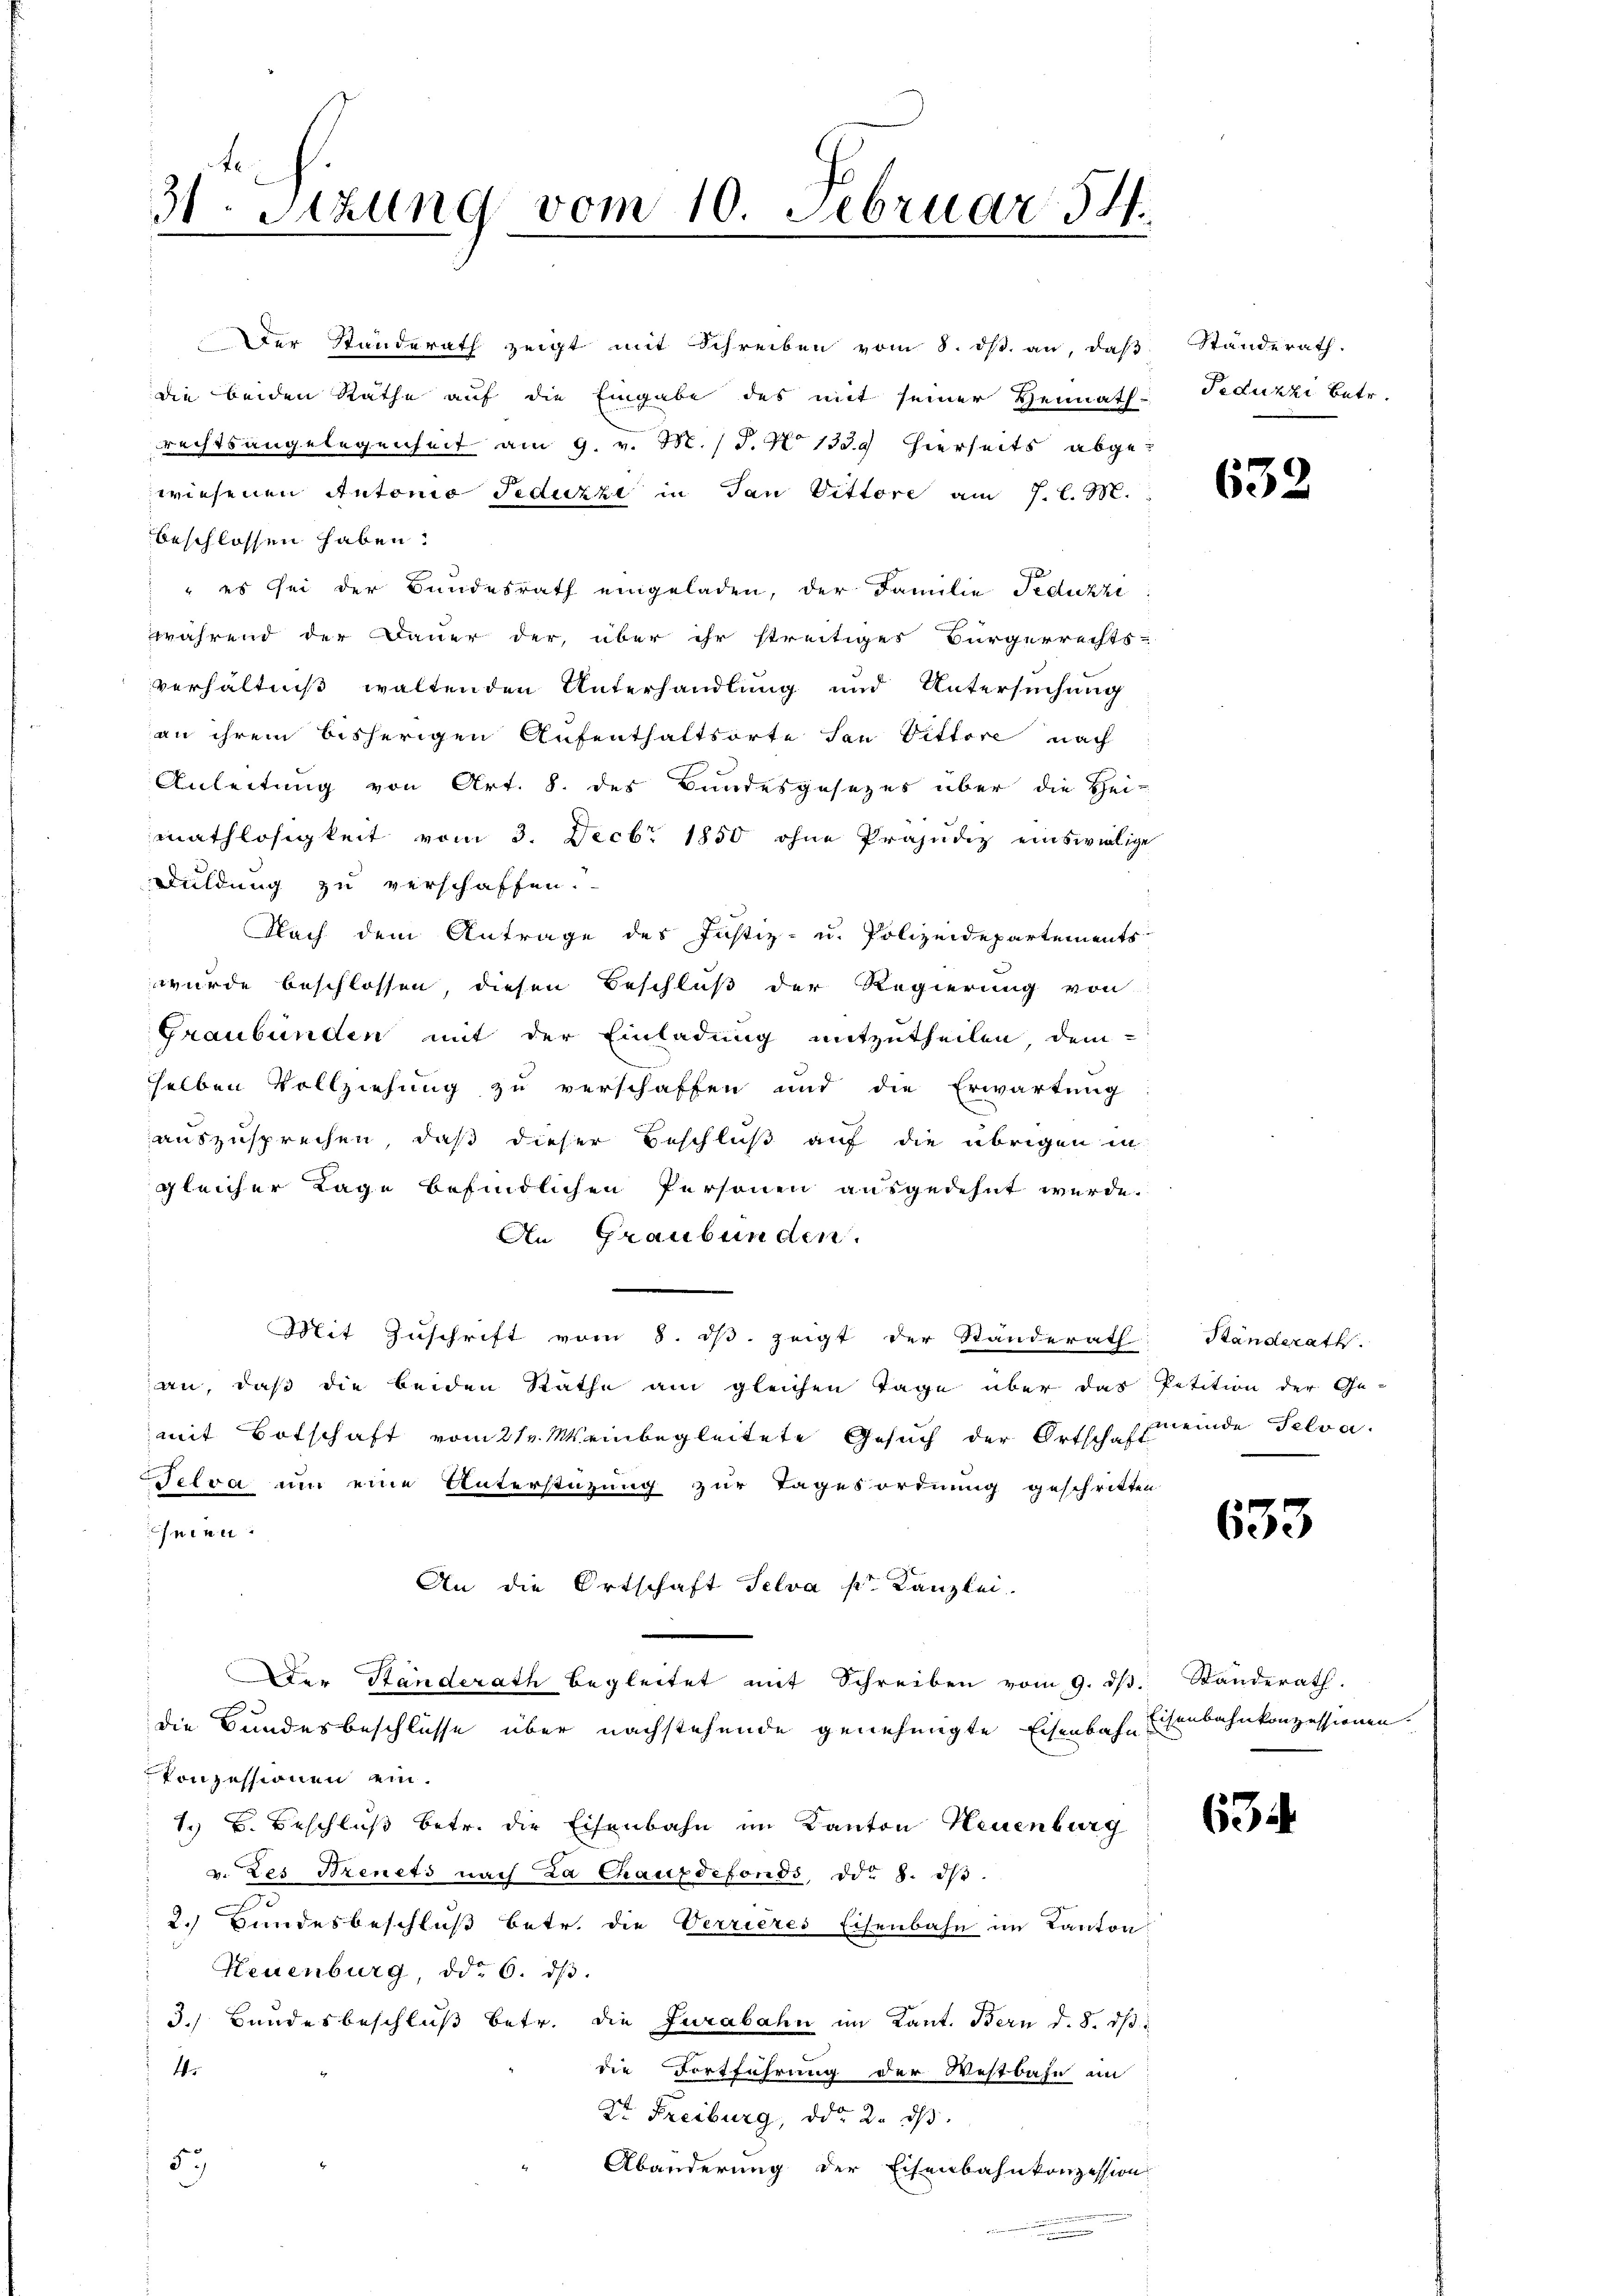
3.Stzung vom 10. Februar 54.

Der Standerath zeigt mit Schreiben vom 8. ds. an, daβ
die beiden Rathe auf die Eingabe des mit seiner Hennath-
rechtsangelegenheit am 9. v. M. 18. No 1339 hierseits abge-
wiesenen Antonio Feduzzi in dan Vittore am 7. l. M.
beschlossen haben.
2
 es sei der Bundesrath eingeladen, der Familie Fedukzi
während der Dauer der, über ihr streitiges Bürgerrechts-
verhältniß waltenden Unterhandlung und Untersuchung
an ihrem bisherigen Aufenthaltsorte San Vittore nach
Anleitung von Art. 8. des Bundesgesezes über die Hei-
mathlosigkeit vom 3. Decbr 1850 ohne Präjudiz einswillige
Duldung zu verschaffen.
Flach dem Antrage des Justiz- u. Polizeidepartements
wurde beschlossen, diesen Beschluß der Regierung von
Graubünden mit der Einladung mitzutheilen, dem
selben Vollziehung zu verschaffen und die Erwartung
auszusprechen, daß dieser Beschluß auf die übrigen in
gleicher Lage befindlichen Personen ausgedehnt werde.
An Graubünden.
Mit Zŭschrift vom 8. dβ. zeigt der Standerath Ständerath.
an, daß die beiden Rathe am gleichen Tage über das Petition der Ge-
mit Botschaft vom 21. Mainbegleitete Gesuch der Ortschfeinde Selva.
Felva um eine Unterstüzung zur Tagesordnung geschritten
n
An die Ortschaft Selva p. Kanzlei.
Der Standerath begleitet mit Schreiben vom 9. dβ. Standerath
die Bundesbeschlüsse über nachstehende genehmigte Eisenbahn Eisenbahnkonzessionen.
Ponzessionen ein.
1. B. Beschluß betr. die Eisenbahn im Kanton Neuenburg
v. des Szenets nach La Chauxdefonds, d. 8. dβ.
2. Bundesbeschluß betr. die Verrières Eisenbahn im Kanton
Neuenburg, ddo 6. dβ.
3.) Bundesbeschluß betr. die Jurabahn im Kant. Bern d. 8. ds
4.
die Fortführung der Westbahn im
Dr. Freiburg, ddo 2. ds.
59)
Abänderung der Eisenbahnkonzession

Ständerath.
Feduzzi betr.

632

633

634